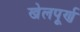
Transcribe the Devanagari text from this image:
खेलपूर्ण